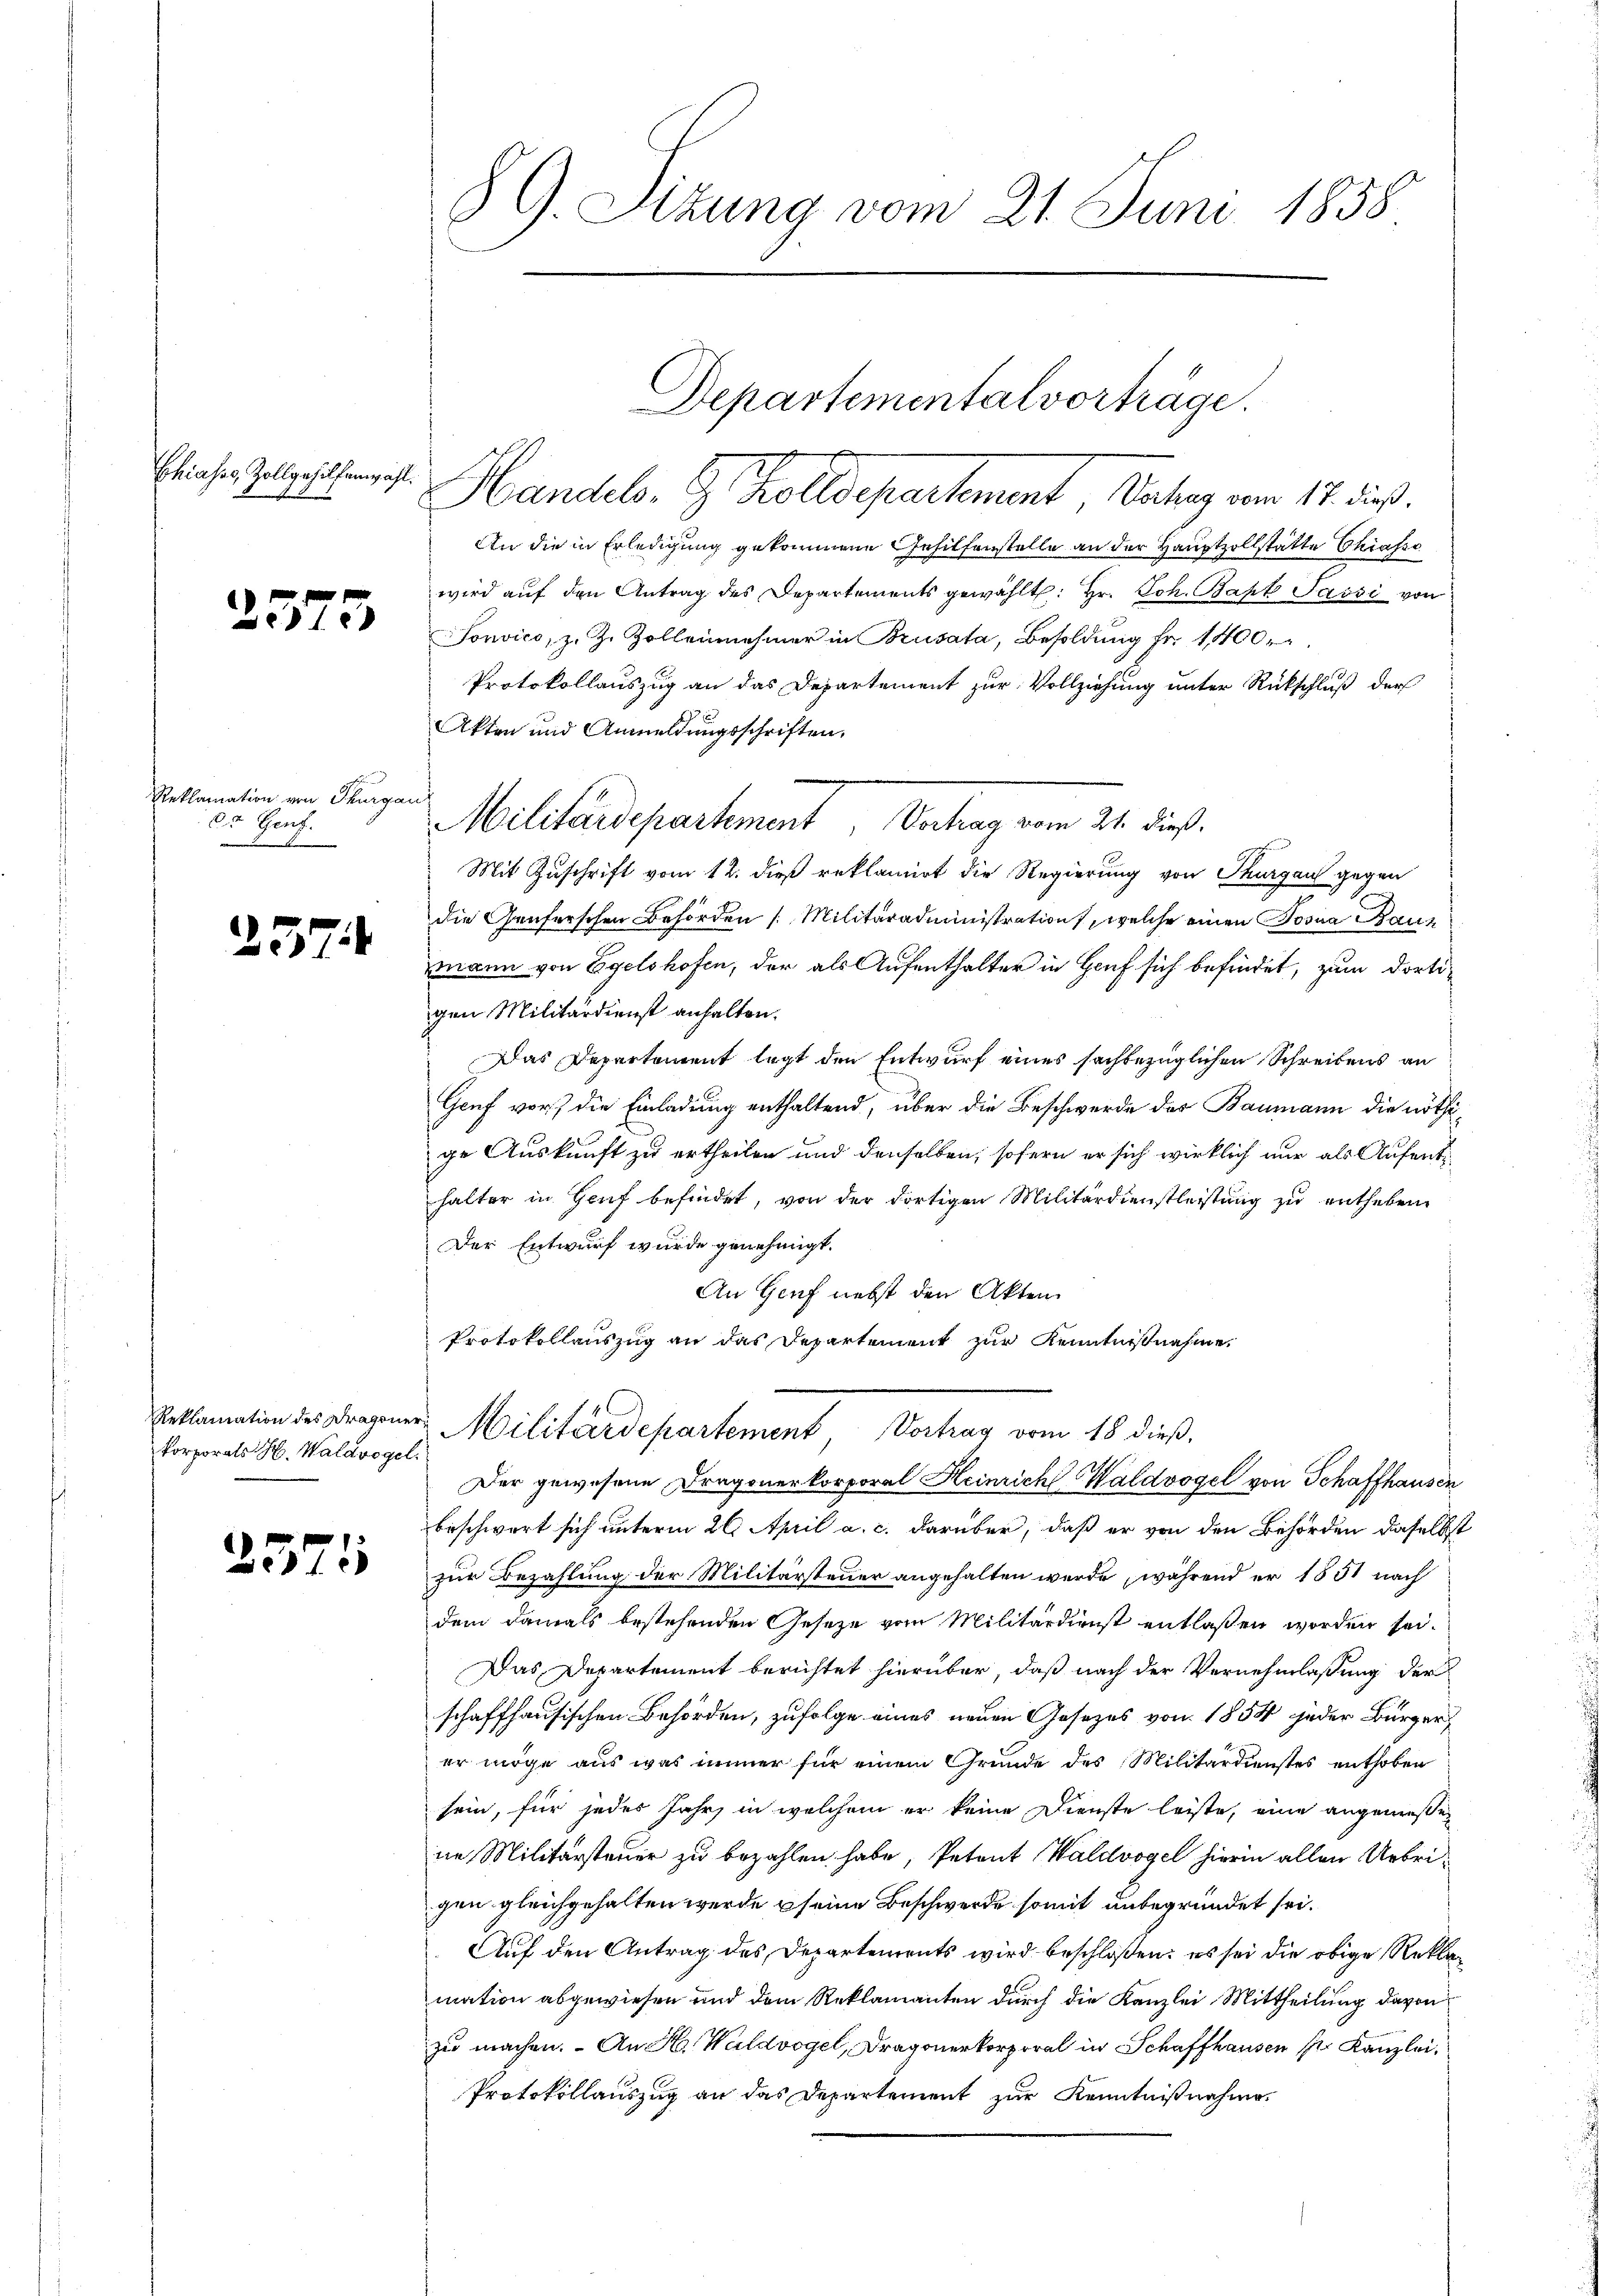
Chiases, Zollgehilfenwahl.

2575

Reklamation von Thurgau
6. Genf.

257.

Reklamation des Dragoner
korporats H. Waldvogel.

2575

Handels- & Zolldepartement Bahn vom 17. dieß.
An die in Erledigung gekommene Gehilfenstelle an der Hauptzollstätte Chiasso
wird auf den Antrag des Departements gewählt: Hr. Joh. Bapt Passi von
Sonvico, z. Z. Zollennehmer in Brusata, Besoldung fr. 1400.
Protokollauszug an das Departement zur Vollziehung unter Rückschluß der
Akten und Anmeldungsschriften.
Militärdepartement, Vertrag vom 21. dieß.
Mit Zuschrift vom 12. dieß reklamirt die Regierung von Thurgau gegen
die Genferschen Behörden Militäradministration, welche einen Josua Bauz
mann von Egelshofen, der als Aufenthalter in Hauf sich befindet, zum dortigen Militärdienst anhalten.
Das Departement legt den Entwurf eines sachbezüglichen Schreibens an
Gruf vor die Einladung enthaltend, über die Beschwerde des Baumann die nöthige Auskunft zu ertheilen und denselben, sofern er sich wirklich nur als Aufenthalter in Hof befindet, von der dortigen Militärdienstleistung zu entheben
Der Entwurf wurde genehmigt.
An Genf nebst den Akten
Protokollauszug an das Departement zur Kenntnißnahme

8 G. Sizung vom 21. Juni 1858

Departemental vorträge

Militärdepartement Vortrag vom 18 dieß,
Der gewesene Dragonerkorporal Heinrich Waldvogel von Schaffhausen

beschwert sich unterm 26. April a. c. darüber, daß er von den Behörden daselbst
zur Bezahlung der Militärsteuer angehalten werde, während er 1851 nach
dem damals bestehenden Gesetze vom Militärdienst entlassen worden sei.
Das Departement berichtet hierüber, daß nach der Vernehmlassung der
schaffhausischen Behörden, zufolge eines neuen Gesezes von 1854 jeder Bürger,
er möge aus was immer für einem Grunde des Militärdienstes enthoben
sein, für jedes Jahr, in welchem er keine Dienste leiste, eine angemessen
ne Militärsteuer zu bezahlen habe, Petent Waldvogel hierin allen Uebrigen gleichgehalten werde seine Beschwerde somit unbegründet sei.
Auf den Antrag des Departements wird beschloßen: es sei die obige Reklamation abgewiesen und dem Reklamanten durch die Kanzlei Mittheilung davon
zu machen. An Hr. Waldvogel, Dragonerkorporal in Schaffhausen pr. Kanzlei
Protokollauszug an das Departement zur Kenntnißnahme.